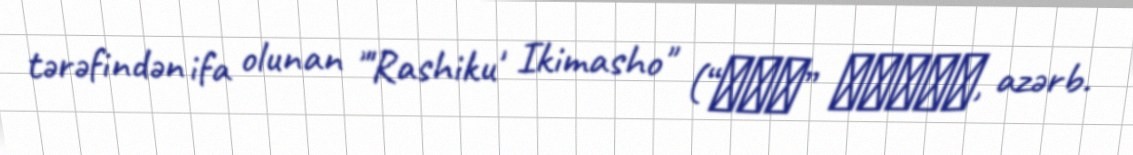
tərəfindən ifa olunan "'Rashiku' Ikimasho" (“らしく” いきましょ, azərb.